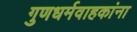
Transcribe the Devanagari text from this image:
गुणधर्मवाहकांना